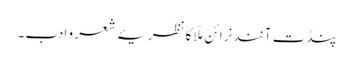
پنڈت آنند نرائن ملّا کا نظریۂ شعر و ادب ۔